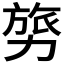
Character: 𭄸